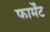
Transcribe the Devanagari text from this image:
फार्मेंट